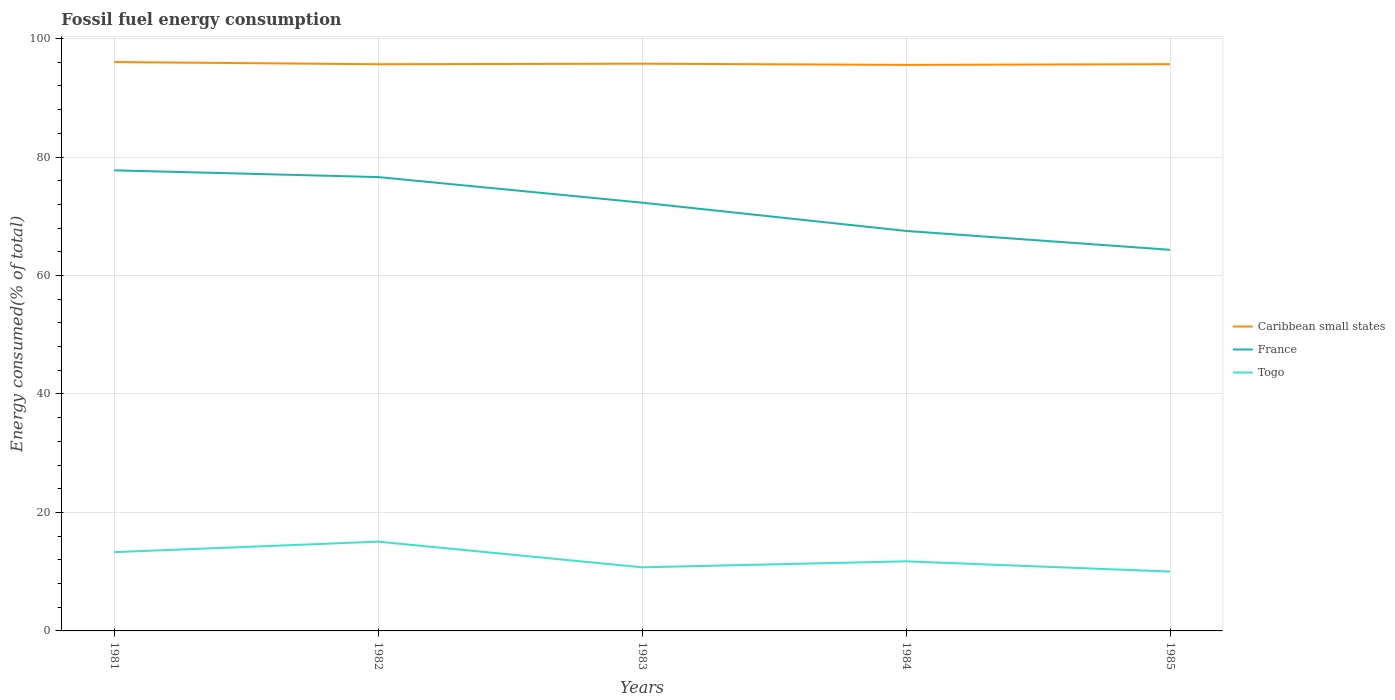
| Years | Caribbean small states | France | Togo |
 | --- | --- | --- | --- |
 | 1981 | 96 | 77.8 | 13.3 |
 | 1982 | 95.7 | 76.6 | 15.1 |
 | 1983 | 95.8 | 72.3 | 10.7 |
 | 1984 | 95.6 | 67.5 | 11.7 |
 | 1985 | 95.7 | 64.3 | 10 |